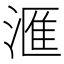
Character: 滙